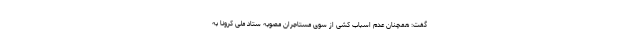
گفت: همچنان عدم اسباب کشی از سوی مستاجران مصوبه ستاد ملی کرونا به